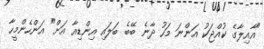
"އާއިލާގެ ކުއްޖަކު އަންނަ މަހު ދާނެ ބޭބެ ބަލައި އިންޑިއާ އަށް" އަންހެންމީހާ